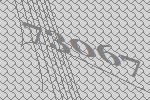
73067